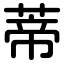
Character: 蒂